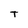
Character: T